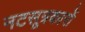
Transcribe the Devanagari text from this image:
नटसूत्रकारों